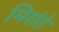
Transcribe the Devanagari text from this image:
मिरांते